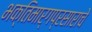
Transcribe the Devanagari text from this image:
भक्तिमार्गप्रसाराचे